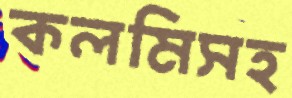
কলমিসহ